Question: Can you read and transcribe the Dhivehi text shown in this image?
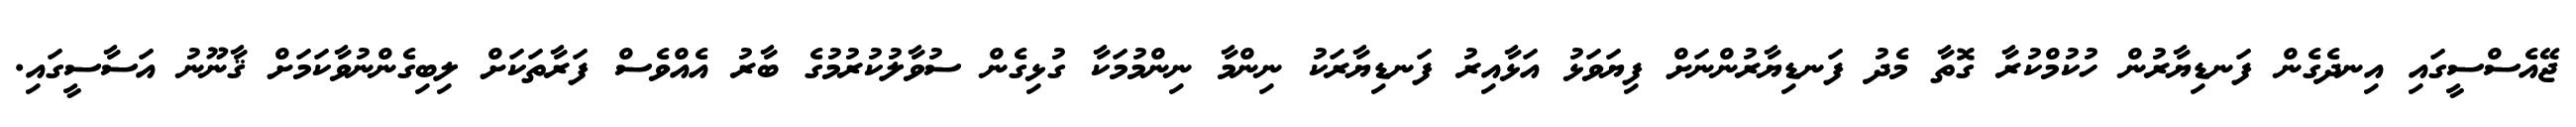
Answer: ޖޭއެސްސީގައި އިނދެގެން ފަނޑިޔާރުން ހުކުމްކުރާ ގޮތާ މެދު ފަނޑިޔާރުންނަށް ފިޔަވަޅު އަޅާއިރު ފަނޑިޔާރަކު ނިންމާ ނިންމުމަކާ ގުޅިގެން ސުވާލުކުރުމުގެ ބާރު އެއްވެސް ފަރާތަކަށް ލިބިގެންނުވާކަމަށް ޤާނޫނު އަސާސީގައި.